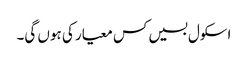
اسکول بسیں کس معیار کی ہوں گی۔